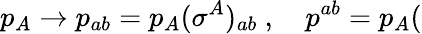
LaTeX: p_{A}\rightarrow p_{ab}=p_{A}(\sigma^{A})_{ab}\ ,\quad p^{ab}=p_{A}(